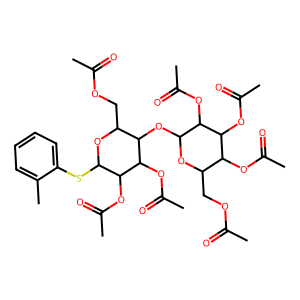
SMILES: CC(=O)OCC1OC(OC2C(COC(C)=O)OC(Sc3ccccc3C)C(OC(C)=O)C2OC(C)=O)C(OC(C)=O)C(OC(C)=O)C1OC(C)=O
Inhibits HIV replication: No